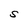
Character: S